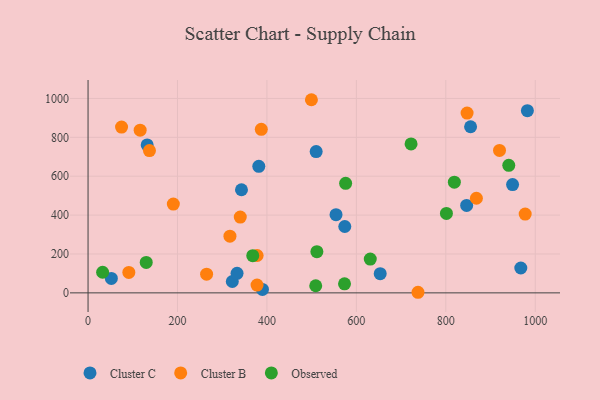
{"axis": {"x": "Speed", "y": "Yield"}, "legend": ["Cluster B", "Cluster C", "Observed"], "data": [{"x": "982.4", "y": 937.3, "type": "Cluster C"}, {"x": "132.2", "y": 761.0, "type": "Cluster C"}, {"x": "510.1", "y": 726.6, "type": "Cluster C"}, {"x": "390.0", "y": 17.9, "type": "Cluster C"}, {"x": "322.6", "y": 58.4, "type": "Cluster C"}, {"x": "52.1", "y": 74.3, "type": "Cluster C"}, {"x": "574.1", "y": 341.4, "type": "Cluster C"}, {"x": "343.1", "y": 530.3, "type": "Cluster C"}, {"x": "554.5", "y": 402.1, "type": "Cluster C"}, {"x": "653.3", "y": 98.5, "type": "Cluster C"}, {"x": "846.6", "y": 449.9, "type": "Cluster C"}, {"x": "333.2", "y": 100.7, "type": "Cluster C"}, {"x": "967.7", "y": 127.9, "type": "Cluster C"}, {"x": "949.3", "y": 557.2, "type": "Cluster C"}, {"x": "381.8", "y": 651.0, "type": "Cluster C"}, {"x": "855.4", "y": 854.5, "type": "Cluster C"}, {"x": "340.4", "y": 389.9, "type": "Cluster B"}, {"x": "91.2", "y": 105.3, "type": "Cluster B"}, {"x": "265.1", "y": 96.2, "type": "Cluster B"}, {"x": "190.7", "y": 456.6, "type": "Cluster B"}, {"x": "74.9", "y": 852.8, "type": "Cluster B"}, {"x": "847.6", "y": 924.7, "type": "Cluster B"}, {"x": "378.1", "y": 192.1, "type": "Cluster B"}, {"x": "920.1", "y": 732.5, "type": "Cluster B"}, {"x": "317.3", "y": 291.5, "type": "Cluster B"}, {"x": "377.9", "y": 40.1, "type": "Cluster B"}, {"x": "499.5", "y": 993.5, "type": "Cluster B"}, {"x": "387.4", "y": 841.1, "type": "Cluster B"}, {"x": "737.8", "y": 3.0, "type": "Cluster B"}, {"x": "137.3", "y": 732.0, "type": "Cluster B"}, {"x": "977.5", "y": 405.5, "type": "Cluster B"}, {"x": "116.5", "y": 836.9, "type": "Cluster B"}, {"x": "868.4", "y": 486.7, "type": "Cluster B"}, {"x": "722.3", "y": 766.2, "type": "Observed"}, {"x": "511.7", "y": 212.0, "type": "Observed"}, {"x": "819.1", "y": 569.6, "type": "Observed"}, {"x": "509.1", "y": 36.5, "type": "Observed"}, {"x": "940.8", "y": 655.8, "type": "Observed"}, {"x": "32.6", "y": 106.1, "type": "Observed"}, {"x": "573.5", "y": 46.7, "type": "Observed"}, {"x": "368.3", "y": 191.4, "type": "Observed"}, {"x": "631.1", "y": 173.8, "type": "Observed"}, {"x": "130.1", "y": 156.8, "type": "Observed"}, {"x": "576.0", "y": 563.3, "type": "Observed"}, {"x": "801.4", "y": 408.8, "type": "Observed"}]}